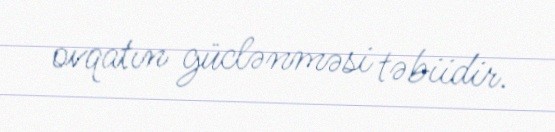
ovqatın güclənməsi təbiidir.